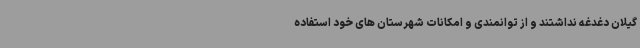
گیلان دغدغه نداشتند و از توانمندی و امکانات شهرستان های خود استفاده